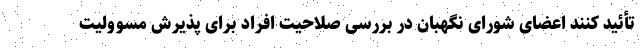
تأئید کنند اعضای شورای نگهبان در بررسی صلاحیت افراد برای پذیرش مسوولیت